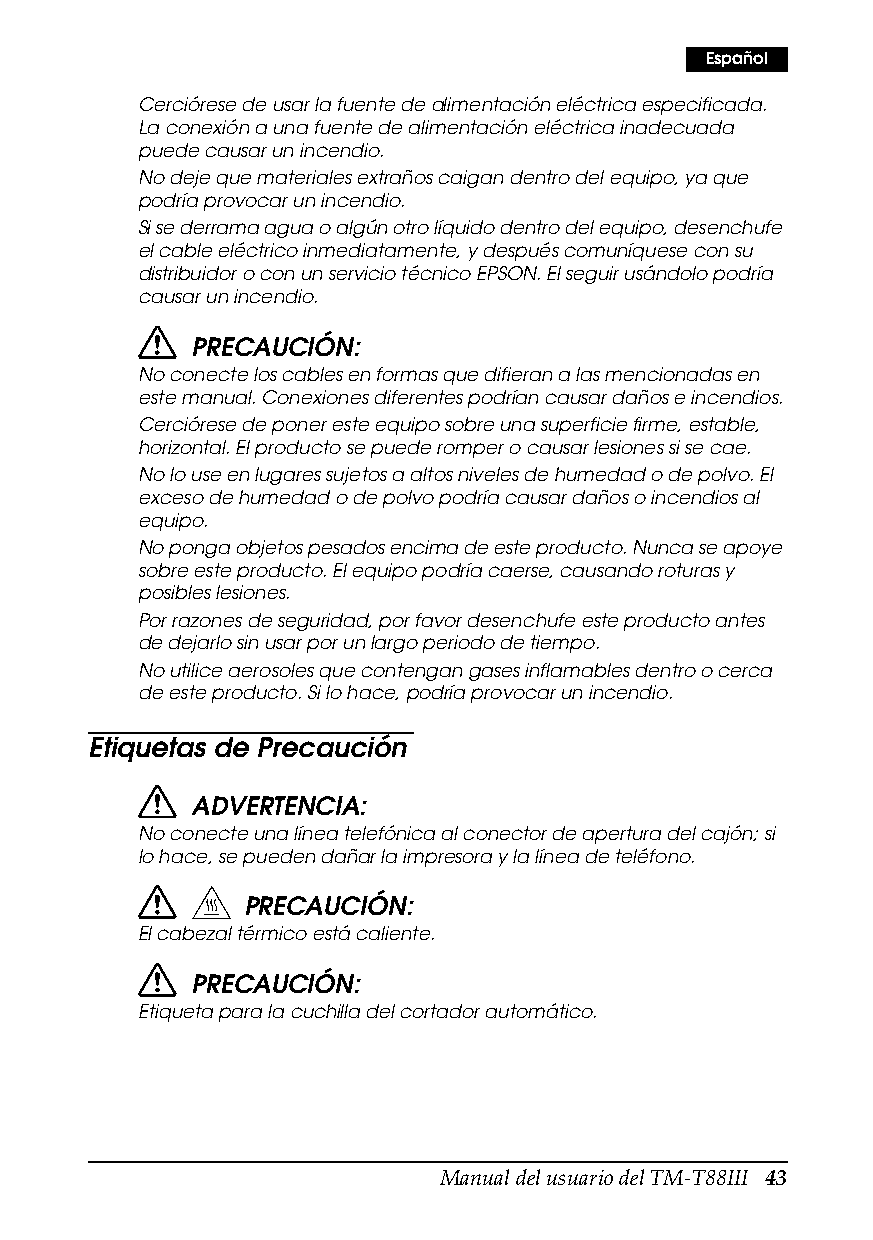
Español
 Cerciórese de usar la fuente de alimentación eléctrica especificada.
 La conexión a una fuente de alimentación eléctrica inadecuada
 puede causar un incendio.
 No deje que materiales extraños caigan dentro del equipo, ya que
 podría provocar un incendio.
 Si se derrama agua o algún otro líquido dentro del equipo, desenchufe
 el cable eléctrico inmediatamente, y después comuníquese con su
 distribuidor o con un servicio técnico EPSON. El seguir usándolo podría
 causar un incendio.
 PRECAUCIÓN:
 No conecte los cables en formas que difieran a las mencionadas en
 este manual. Conexiones diferentes podrían causar daños e incendios.
 Cerciórese de poner este equipo sobre una superficie firme, estable,
 horizontal. El producto se puede romper o causar lesiones si se cae.
 No lo use en lugares sujetos a altos niveles de humedad o de polvo. El
 exceso de humedad o de polvo podría causar daños o incendios al
 equipo.
 No ponga objetos pesados encima de este producto. Nunca se apoye
 sobre este producto. El equipo podría caerse, causando roturas y
 posibles lesiones.
 Por razones de seguridad, por favor desenchufe este producto antes
 de dejarlo sin usar por un largo periodo de tiempo.
 No utilice aerosoles que contengan gases inflamables dentro o cerca
 de este producto. Si lo hace, podría provocar un incendio.
 Etiquetas de Precaución
 ADVERTENCIA:
 No conecte una línea telefónica al conector de apertura del cajón; si
 lo hace, se pueden dañar la impresora y la línea de teléfono.
 PRECAUCIÓN:
 El cabezal térmico está caliente.
 PRECAUCIÓN:
 Etiqueta para la cuchilla del cortador automático.
 Manual del usuario del TM-T88III 43